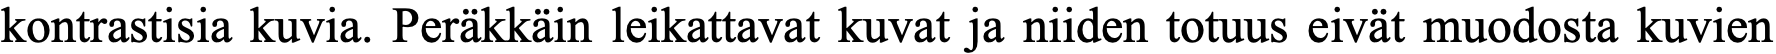
kontrastisia kuvia. Peräkkäin leikattavat kuvat ja niiden totuus eivät muodosta kuvien